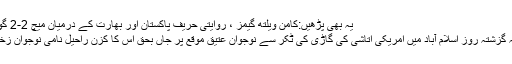
یہ بھی پڑھیں:کامن ویلتھ گیمز ، روایتی حریف پاکستان اور بھارت کے درمیان میچ 2-2 گول سے برابر
خیال رہے کہ گزشتہ روز اسلام آباد میں امریکی اتاشی کی گاڑی کی ٹکر سے نوجوان عتیق موقع پر جاں بحق اس کا کزن راحیل نامی نوجوان زخمی ہوگیا تھا۔